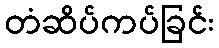
တံဆိပ်ကပ်ခြင်း